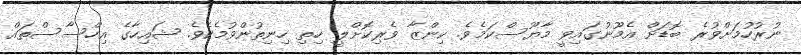
ނުރުހުމަށްވުރެ ބޮޑަށް އެމޫނުގައިވީ މާޔޫސްކަމެވެ. ކިންޒާ ވެރިކޮށްލީ ހިތި ހިނިތުންވުމެކެވެ. ޝައިހާގެ އިހްސާސްތައް